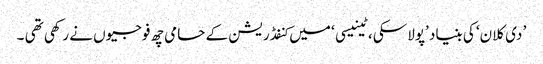
’ دی کلان‘ کی بنیاد ’پولاسکی ، ٹینیسی ‘ میں کنفڈریشن کے حامی چھ فوجیوں نے رکھی تھی ۔